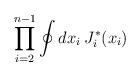
LaTeX: \begin{align*}\prod_{i=2}^{n-1} \oint d x_i \> J^*_i (x_i )\end{align*}